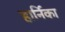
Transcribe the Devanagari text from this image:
हार्निका